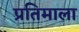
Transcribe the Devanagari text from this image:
प्रतिमाला